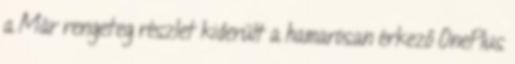
a Már rengeteg részlet kiderült a hamarosan érkező OnePlus